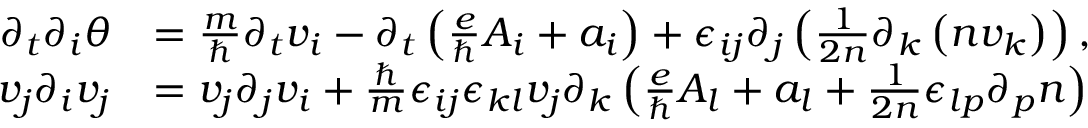
\begin{array} { r l } { \partial _ { t } \partial _ { i } \theta } & { = \frac { m } { \hbar } \partial _ { t } v _ { i } - \partial _ { t } \left( \frac { e } { \hbar } A _ { i } + a _ { i } \right) + \epsilon _ { i j } \partial _ { j } \left( \frac { 1 } { 2 n } \partial _ { k } \left( n v _ { k } \right) \right) , } \\ { v _ { j } \partial _ { i } v _ { j } } & { = v _ { j } \partial _ { j } v _ { i } + \frac { \hbar } { m } \epsilon _ { i j } \epsilon _ { k l } v _ { j } \partial _ { k } \left( \frac { e } { \hbar } A _ { l } + a _ { l } + \frac { 1 } { 2 n } \epsilon _ { l p } \partial _ { p } n \right) } \end{array}